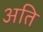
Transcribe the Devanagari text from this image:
अति